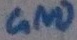
Text: GND